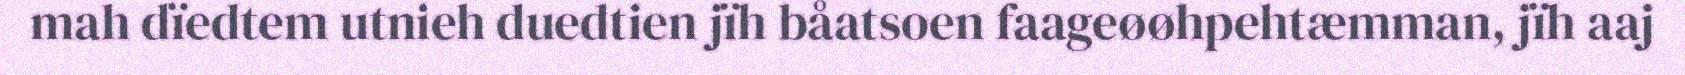
mah dïedtem utnieh duedtien jïh båatsoen faageøøhpehtæmman, jïh aaj